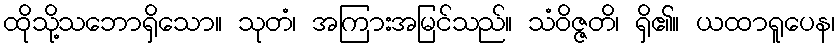
ထိုသို့သဘောရှိသော။ သုတံ၊ အကြားအမြင်သည်။ သံဝိဇ္ဇတိ၊ ရှိ၏။ ယထာရူပေန၊